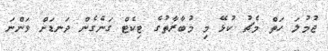
ޖުމުލަ ހަތް މެޗު ކުޅޭ މި މުބާރާތުގެ ޓިކެޓް ގަނެގެން ދަނޑަށް ވަންނަ